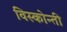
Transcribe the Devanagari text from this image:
विस्कोन्ती